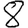
Digit: 8